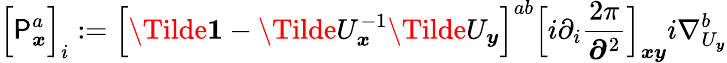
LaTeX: \Big[{\sf P}_{\boldsymbol{x}}^{a}\Big]_{i}:=\Big[\Tilde{\boldsymbol{1}}-\Tilde U_{\boldsymbol{x}}^{-1}\Tilde U_{\boldsymbol{y}}\Big]^{ab}\Big[i\partial_{i}\frac{2\pi}{\boldsymbol{\partial}^{2}}\Big]_{\boldsymbol{xy}}i\nabla_{U_{\boldsymbol{y}}}^{b}